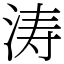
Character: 涛